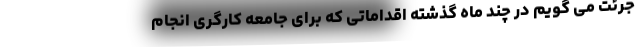
جرئت می گویم در چند ماه گذشته اقداماتی که برای جامعه کارگری انجام